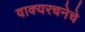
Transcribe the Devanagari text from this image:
वाक्यरचनेचे